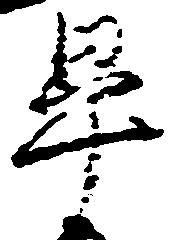
畢